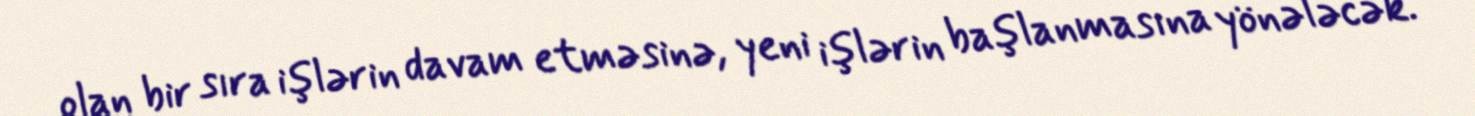
olan bir sıra işlərin davam etməsinə, yeni işlərin başlanmasına yönələcək.